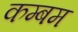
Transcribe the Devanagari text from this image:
कम्बम